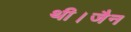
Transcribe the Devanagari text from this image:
थी।जैन